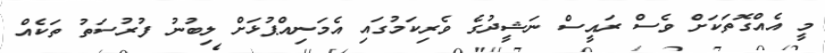
މީ އެއްގޮތަކަށް ވެސް ރައީސް ނަޝީދުގެ ވެރިކަމުގައި އެމަނިއްޕުޅަށް ލިބުނު ފުރުސަތު ތަކެއް